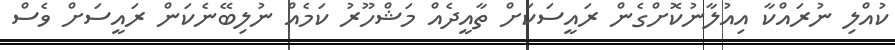
ކުއްލި ނުރައްކާ އިއުލާނުކޮށްގެން ރައީސަކަށް ތާއީދެއް މަޝްހޫރު ކަމެއް ނުލިބޭނެކަން ރައީސަށް ވެސް